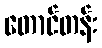
တောင်တန်း